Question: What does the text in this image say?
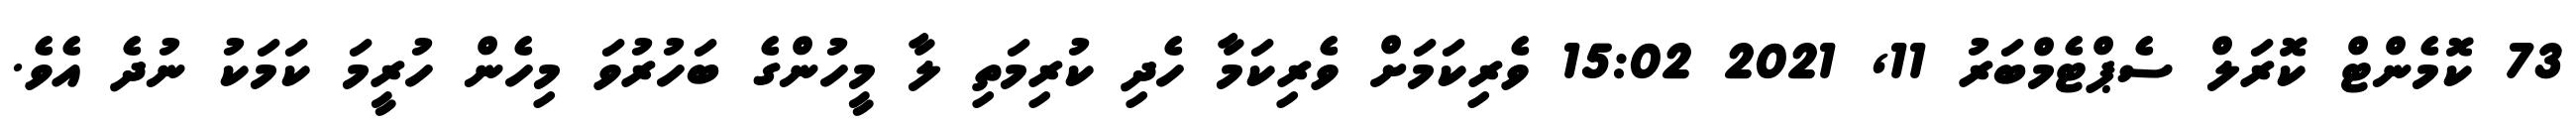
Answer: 73 ކޮމެންޓް ކޮރަލް ސެޕްޓެމްބަރު 11, 2021 15:02 ވެރިކަމަށް ވެރިކަމާ ހެދި ކުރިމަތި ލާ މީހުންގެ ބަހުރުވަ މިހެން ހުރީމަ ކަމަކު ނުދެ އެވެ.